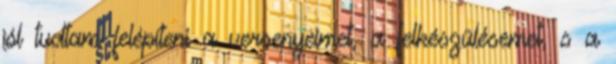
jól tudtam felépíteni a versenyeimet, a felkészülésemet, s a